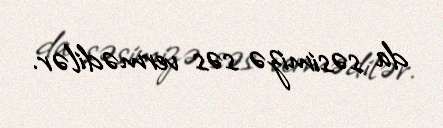
da səsimizə səs vermədilər.